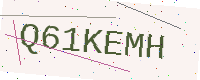
Text: Q61KEMH